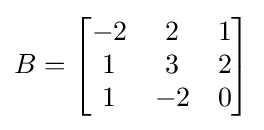
B={\begin{bmatrix}-2&2&1\\1&3&2\\1&-2&0\end{bmatrix}}